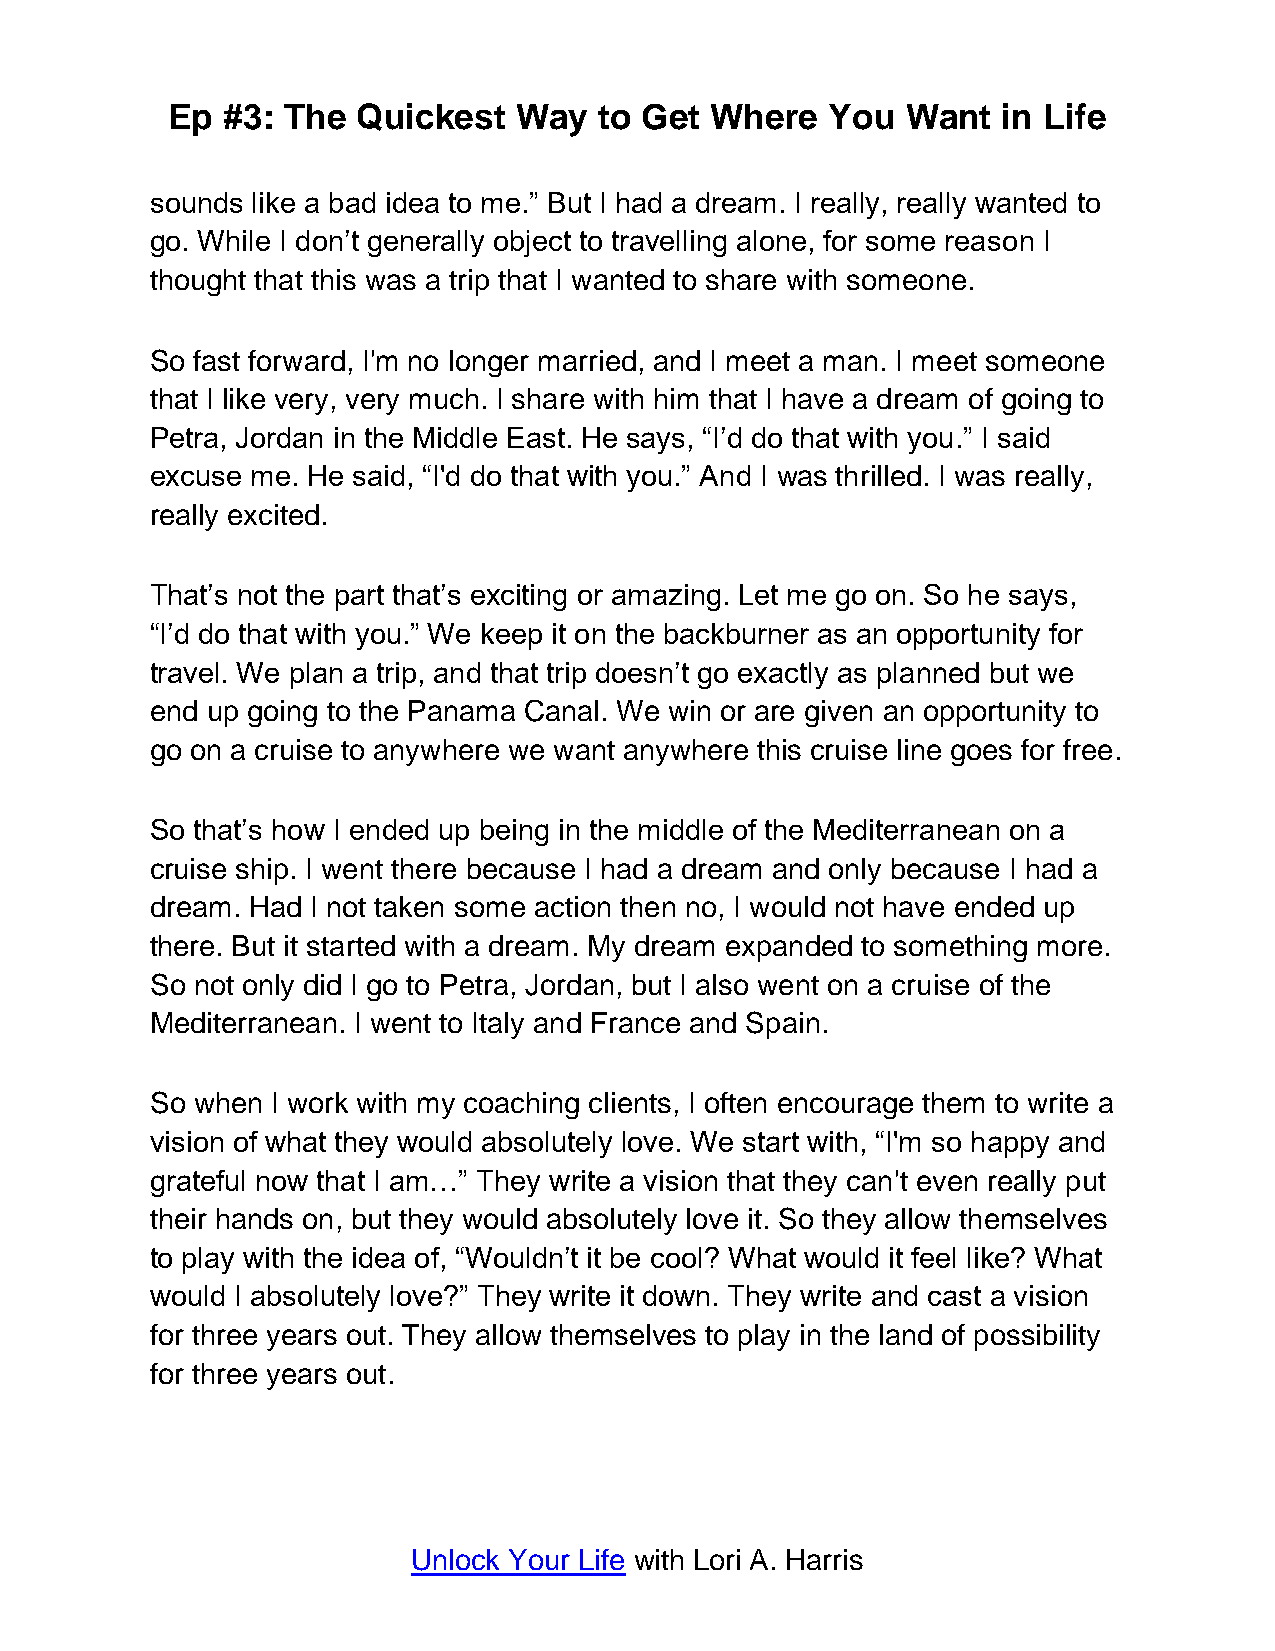
Ep  #3: The  Quickest  Way   to Get Where   You  Want  in Life
 sounds like a bad idea to me.” But I had a dream. I really, really wanted to
 go. While I don’t generally object to travelling alone, for some reason I
 thought that this was a trip that I wanted to share with someone.
 So fast forward, I'm no longer married, and I meet a man. I meet someone
 that I like very, very much. I share with him that I have a dream of going to
 Petra, Jordan in the Middle East. He says, “I’d do that with you.” I said
 excuse me. He said, “I'd do that with you.” And I was thrilled. I was really,
 really excited.
 That’s not the part that’s exciting or amazing. Let me go on. So he says,
 “I’d do that with you.” We keep it on the backburner as an opportunity for
 travel. We plan a trip, and that trip doesn’t go exactly as planned but we
 end up going to the Panama Canal. We win or are given an opportunity to
 go on a cruise to anywhere we want anywhere this cruise line goes for free.
 So that’s how I ended up being in the middle of the Mediterranean on a
 cruise ship. I went there because I had a dream and only because I had a
 dream. Had I not taken some action then no, I would not have ended up
 there. But it started with a dream. My dream expanded to something more.
 So not only did I go to Petra, Jordan, but I also went on a cruise of the
 Mediterranean. I went to Italy and France and Spain.
 So when I work with my coaching clients, I often encourage them to write a
 vision of what they would absolutely love. We start with, “I'm so happy and
 grateful now that I am…” They write a vision that they can't even really put
 their hands on, but they would absolutely love it. So they allow themselves
 to play with the idea of, “Wouldn’t it be cool? What would it feel like? What
 would I absolutely love?” They write it down. They write and cast a vision
 for three years out. They allow themselves to play in the land of possibility
 for three years out.
 Unlock Your Life with Lori A. Harris